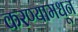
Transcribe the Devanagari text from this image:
करण्यामधून